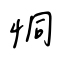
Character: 恫